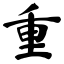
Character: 重